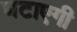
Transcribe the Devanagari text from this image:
घटाएगी